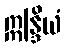
ဣန္ဒြိယံ